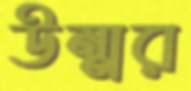
উম্মর